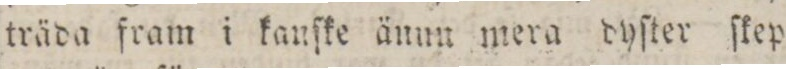
träda fram i kanſke änun mera dyſter ſkep=